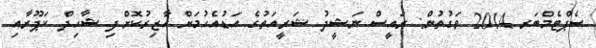
ސެޕްޓެމްބަރ 2014 ވަގުތުން: ރައީސް ނަޝީދު ޝަރީއަތުގެ އަޑުއެހުމަށް ހާޒިރުކޮށްފި ޝާހިދް ކަޕޫރާއި